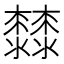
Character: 𣠬